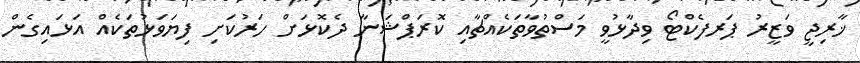
ޚާރިޖީ ވަޒީރު ޕަރފެކްޓޯ ވިދާޅުވީ މަސްތުވާތަކެއްޗާއި ކޮރަޕްޝަނާ ދެކޮޅަށް ހަރުކަށި ފިޔަވަޅުތަކެއް އަޅައިގެން